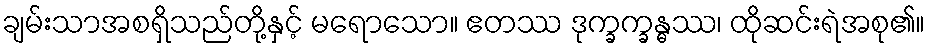
ချမ်းသာအစရှိသည်တို့နှင့် မရောသော။ ဧတဿ ဒုက္ခက္ခန္ဓဿ၊ ထိုဆင်းရဲအစု၏။